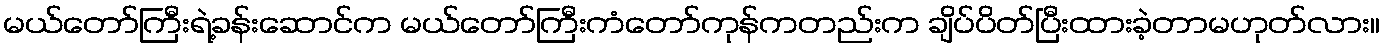
မယ်တော်ကြီးရဲ့ခန်းဆောင်က မယ်တော်ကြီးကံတော်ကုန်ကတည်းက ချိပ်ပိတ်ပြီးထားခဲ့တာမဟုတ်လား။